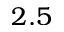
2 . 5